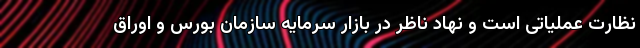
نظارت عملیاتی است و نهاد ناظر در بازار سرمایه سازمان بورس و اوراق